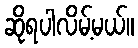
ဆိုရပါလိမ့်မယ်။